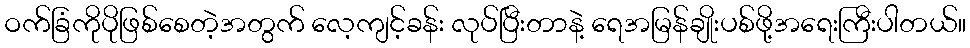
ဝက်ခြံကိုပိုဖြစ်စေတဲ့အတွက် လေ့ကျင့်ခန်း လုပ်ပြီးတာနဲ့ ရေအမြန်ချိုးပစ်ဖို့အရေးကြီးပါတယ်။